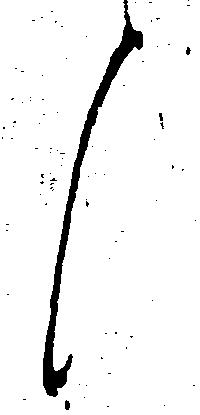
候